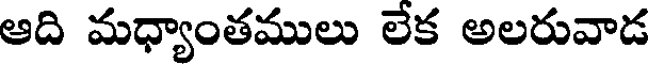
ఆది మధ్యాంతములు లేక అలరువాడ